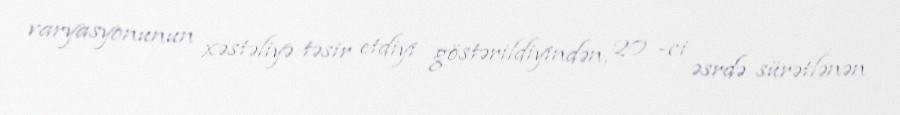
varyasyonunun xəstəliyə təsir etdiyi göstərildiyindən, 20 -ci əsrdə sürətlənən